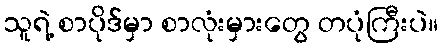
သူရဲ့ စာပိုဒ်မှာ စာလုံးမှားတွေ တပုံကြီးပဲ။